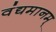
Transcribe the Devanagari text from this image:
वंद्यमानम्